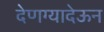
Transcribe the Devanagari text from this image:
देणग्यादेऊन